system: You are a helpful assistant.
user:
Analyze the provided spectrum to determine if it is a **S-type Star**.

- **Key Indicators for S-type Star:**

    - **(Overall Spectrum Shape):** The first and most obvious characteristic is the overall continuum (the "baseline" shape). It is **extremely "red-sloping,"** meaning the flux (light intensity) is very low on the left side (blue, ~4000-4500 Å) and rises steeply and continuously toward the right side (red, ~7000 Å+).

    - **(Primary):** The spectrum is defined by the presence of strong, broad molecular absorption "valleys" (bands) from **Zirconium Oxide (ZrO)**. The identification of these bands is the **primary requirement** for classifying a star as S-type.
        - **(Key Bandheads):** You must find distinct, deep "dips" where the light has been absorbed. The most critical band systems to locate are:
            - **~6474 Å** ($\gamma$-system): This is often the strongest and clearest ZrO feature, found in the red part of the spectrum.
            - **~5718 Å** & **~5551 Å** ($\beta$-system): A pair of prominent absorption features in the yellow-orange part of the spectrum.
            - **~4640 Å** ($\alpha$-system): A key absorption band system in the blue-green region of the spectrum.

    - **(Secondary Confirmation):** The classification is strengthened by finding additional absorption bands from other related heavy element oxides, which are expected to be present alongside ZrO.
        - **(Key Bandheads):**
            - **Yttrium Oxide (YO):** Look for absorption dips near **~4800 Å** and **~6100 Å**.
            - **Lanthanum Oxide (LaO):** Additional absorption features, particularly in the red-orange part of the spectrum, are also characteristic.

    - **(Line Profile):** The combination of the steep red continuum and these numerous, deep molecular bands (ZrO, YO, etc.) gives the entire spectrum a very **"chopped-up"** or **"bumpy"** appearance. Instead of a smooth curve, the spectrum looks as though large, wide chunks of light have been "carved out" of it at the specific wavelengths listed above.

Think first, call **spectral_visualization_tool** if needed to examine features in detail, then provide your final answer. Your response must adhere to the following strict rules:
1.  **Overall Structure:** Your response must follow the format `<think>...</think> <tool_call>...</tool_call> (if a tool is used) <answer>...</answer>`.
2.  **Tool Usage Constraint:** You may only make **one** tool call per turn.
3.  **Final Answer Format:** In the `<answer>` tag, your conclusion must be inside a `\boxed{}` command (e.g., `\boxed{YES}` or `\boxed{NO}`), followed by your justification.

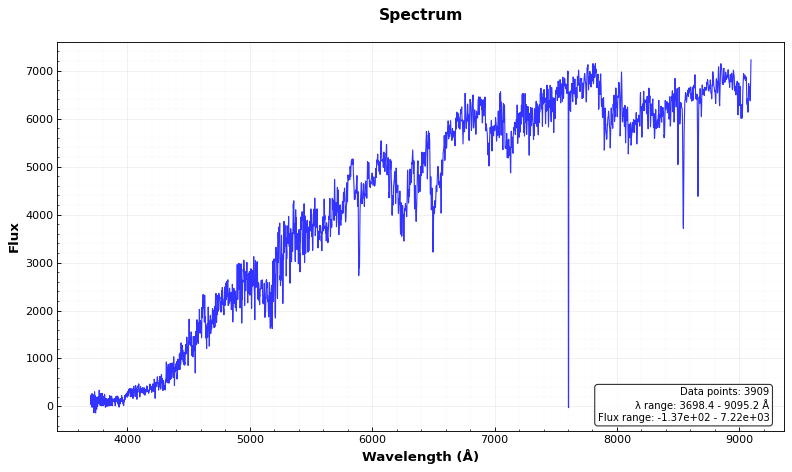
Answer: YES